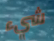
شيء